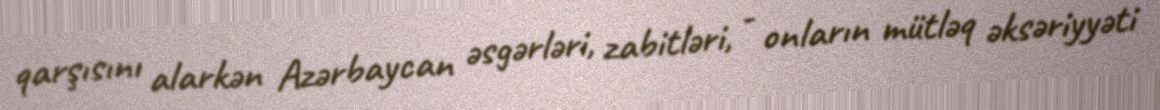
qarşısını alarkən Azərbaycan əsgərləri, zabitləri, - onların mütləq əksəriyyəti